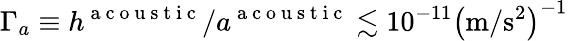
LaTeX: \Gamma_{a}\equiv h^{\mathrm{~a~c~o~u~s~t~i~c~}}/a^{\mathrm{~a~c~o~u~s~t~i~c~}}\lesssim 10^{-11}\left(\mathrm{m/s^{2}}\right)^{-1}